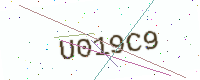
Text: U019C9